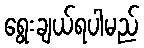
ရွေးချယ်ရပါမည်